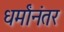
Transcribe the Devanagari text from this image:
धर्मांनंतर